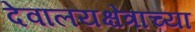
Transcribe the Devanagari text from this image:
देवालयक्षेत्राच्या